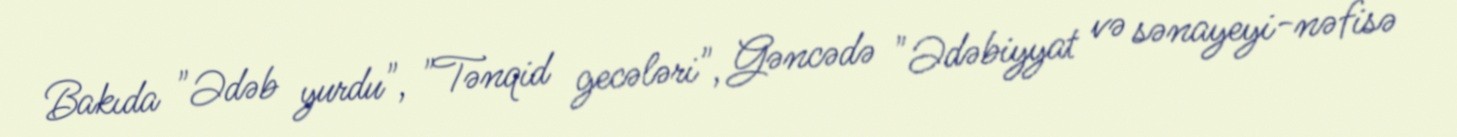
Bakıda "Ədəb yurdu", "Tənqid gecələri", Gəncədə "Ədəbiyyat və sənayeyi-nəfisə